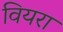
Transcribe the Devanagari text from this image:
वियरा